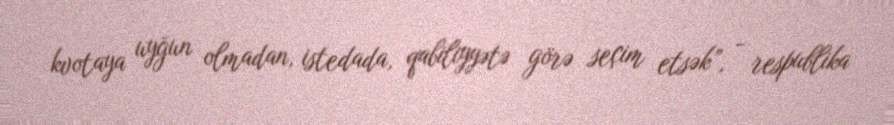
kvotaya uyğun olmadan, istedada, qabiliyyətə görə seçim etsək”, - respublika